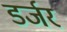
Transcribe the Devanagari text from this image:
डर्जर